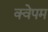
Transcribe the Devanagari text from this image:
क्वेपम